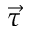
\vec { \tau }